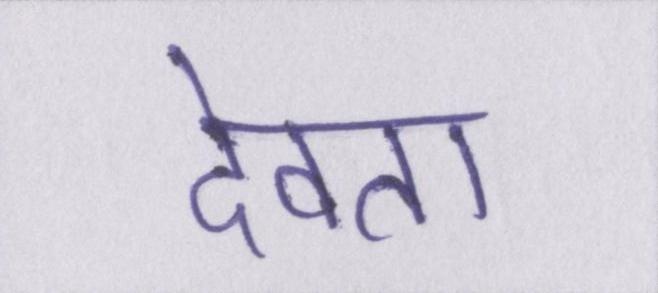
देवता